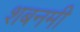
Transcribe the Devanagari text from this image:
शबनमी